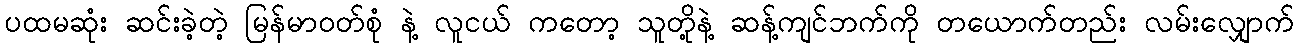
ပထမဆုံး ဆင်းခဲ့တဲ့ မြန်မာဝတ်စုံ နဲ့ လူငယ် ကတော့ သူတို့နဲ့ ဆန့်ကျင်ဘက်ကို တယောက်တည်း လမ်းလျှောက်